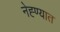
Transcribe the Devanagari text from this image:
नेह्ण्यात